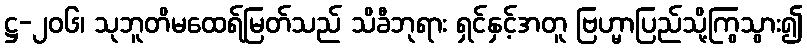
ဋ္ဌ-၂၀၆၊ သုဘူတိမထေရ်မြတ်သည် သိခီဘုရား ရှင်နှင့်အတူ ဗြဟ္မာပြည်သို့ကြွသွား၍